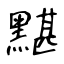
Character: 黮